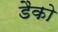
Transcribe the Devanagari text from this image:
डैको